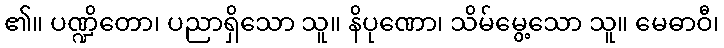
၏။ ပဏ္ဍိတော၊ ပညာရှိသော သူ။ နိပုဏော၊ သိမ်မွေ့သော သူ။ မေဓာဝီ၊